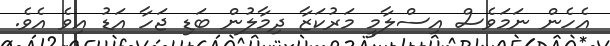
އެހެން ނަމަވެސް އިސްލާމީ މަރުކަޒާ ދިމާލުން ބަޑި ޖަހާ އަޑު އިވެ އެވެ.